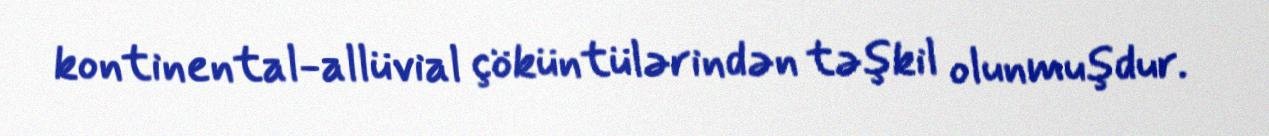
kontinental-allüvial çöküntülərindən təşkil olunmuşdur.